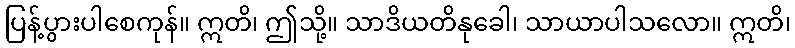
ပြန့်ပွားပါစေကုန်။ ဣတိ၊ ဤသို့။ သာဒိယတိနုခေါ၊ သာယာပါသလော။ ဣတိ၊